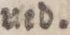
ned.